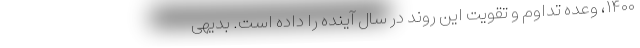
۱۴۰۰، وعده تداوم و تقویت این روند در سال آینده را داده است. بدیهی